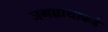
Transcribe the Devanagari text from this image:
जगन्नाथाकडे